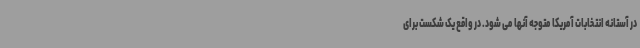
در آستانه انتخابات آمریکا متوجه آنها می شود. در واقع یک شکست برای